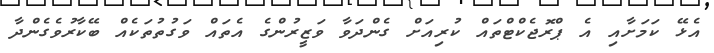
އެޅޭ ކަމަށާއި އެ ޕްރޮޖެކްޓްތައް ކުރިއަށް ގެންދަވާ ވަޒީރުންގެ އެތައް ވަގުތުތަކެއް ބޭކާރުވެގެންދާ